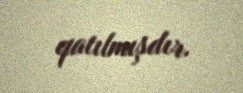
qatılmışdır.